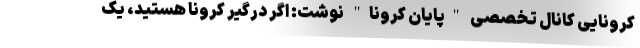
کرونایی کانال تخصصی "پایان کرونا" نوشت: اگر درگیر کرونا هستید، یک